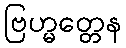
ဗြဟ္မတ္တေန